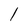
Character: 1